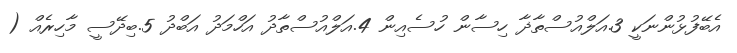
އެބޭފުޅުންނަކީ 3.އަލްއުސްތާޛާ ހިސާން ހުސެއިން 4.އަލްއުސްތާދު އަހްމަދު އަބްދު 5.ބިދޭސީ މާހިރެއް (